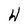
Character: H